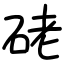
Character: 硓